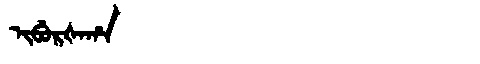
Manchu: ᡳᠪᡠᡵᡧᠠᡥᠠ
Romanization: IBURŠAHA